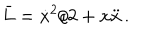
\bar { L } = \dot { x } ^ { 2 } / 2 + x \ddot { x } \, .